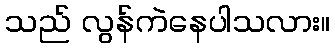
သည် လွန်ကဲနေပါသလား။